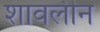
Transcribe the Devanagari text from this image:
शावलीन